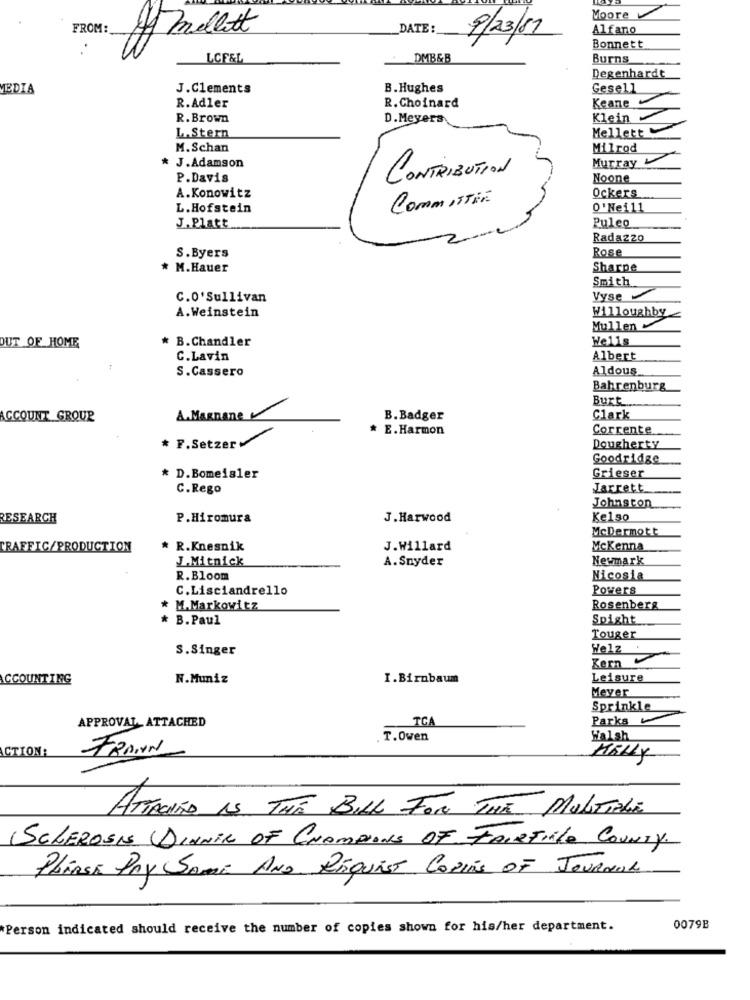
Moore
FROM:
DATE :
9/23/81
Alfano
Amellett
Bonnett
LCFEL
DMB&B
Burns
Degenhardt
MEDIA
J.Clements
B. Hughes
Gesell
R.Adler
R. Choinard
Keane
R. Brown
D.Meyers
Klein
Mellett
LAStern
M. Schan
Milrod
Murray
* J.Adamson
P.Davis
CONTRIBUTION
Noone
A. Konowitz
COMMITTEE
Ockers
L.Hofstein
O'Nei11
J. Platt
Puleo
Radazzo
Rose
S.Byers
* M.Hauer
Sharpe
Smith
C.O'Sullivan
Vyse
Willoughby
A.Weinstein
Mullen
* B.Chandler
Wells
OUT OF HOME
C.Lavin
Albert
S.Cassero
Aldous
Bahrenburg
Burt
ACCOUNT GROUP
A.Magnane
B. Badger
Clark
* E.Harmon
Corrente
* F.Setzer
Dougherty
Goodridge
* D.Bomeisler
Grieser
C.Rego
Jarrett
Johnston
RESEARCH
P.Hiromura
J. Harwood
Kelso
McDermott
TRAFFIC/PRODUCTION
* R.Knesnik
J.Willard
McKenna
J.Mitnick
A. Snyder
Newmark
R.Bloom
Nicosia
C.Lisciandrello
Powers
M.Markowitz
Rosenberg
* B. Paul
Spight
Touger
S.Singer
Welz .
Kern
ACCOUNTING
N.Muniz
I.Birnbaum
Leisure
Meyer
Sprinkle
TCA
Parks
APPROVAL ATTACHED
T.Owen
Walsh
CTION:
FRAINN
KELLY
ATTACHTO AS THE BILL FOR THE MULTIPLE
SCLEROSIS DINNER OF CHAMPIONS OF FAIRFIELD COUNTY.
PLEASE PAY SAME AND REquisT COPing OF JOURNAL
Person indicated should receive the number of copies shown for his/her department.
0079B